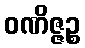
ဝဏိဇ္ဇဉ္စ